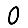
Digit: 0